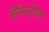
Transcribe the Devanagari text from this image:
मैग्निशीयम